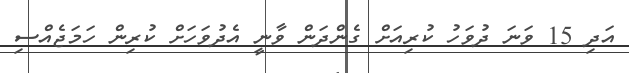
އަދި 15 ވަނަ ދުވަހު ކުރިއަށް ގެންދަން ވާނީ އެދުވަހަށް ކުރިން ހަމަޖެއްސި